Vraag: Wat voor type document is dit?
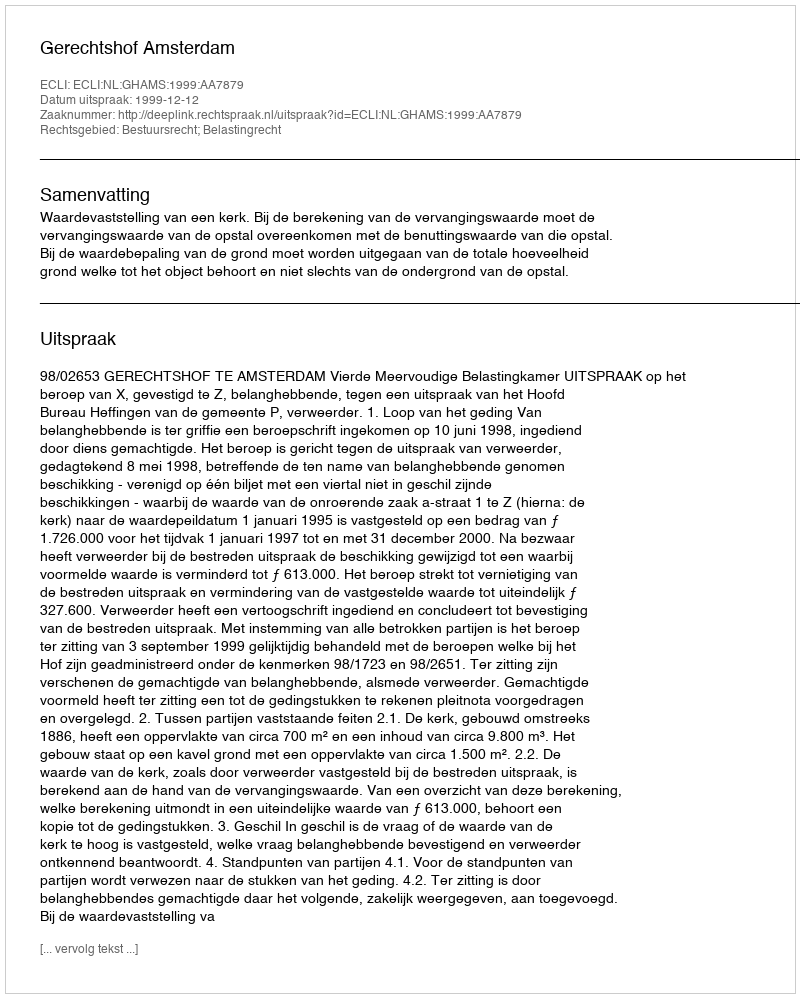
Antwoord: Uitspraak